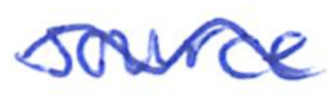
Text: source
Cross-out: wave
Writing tool: ballpoint